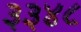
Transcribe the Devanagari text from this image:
३३४८